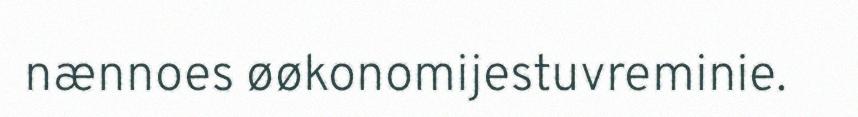
nænnoes øøkonomijestuvreminie.